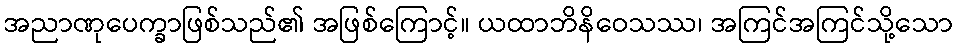
အညာဏုပေက္ခာဖြစ်သည်၏ အဖြစ်ကြောင့်။ ယထာဘိနိဝေသဿ၊ အကြင်အကြင်သို့သော